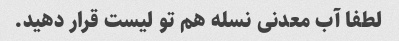
لطفا آب معدنی نسله هم تو لیست قرار دهید.